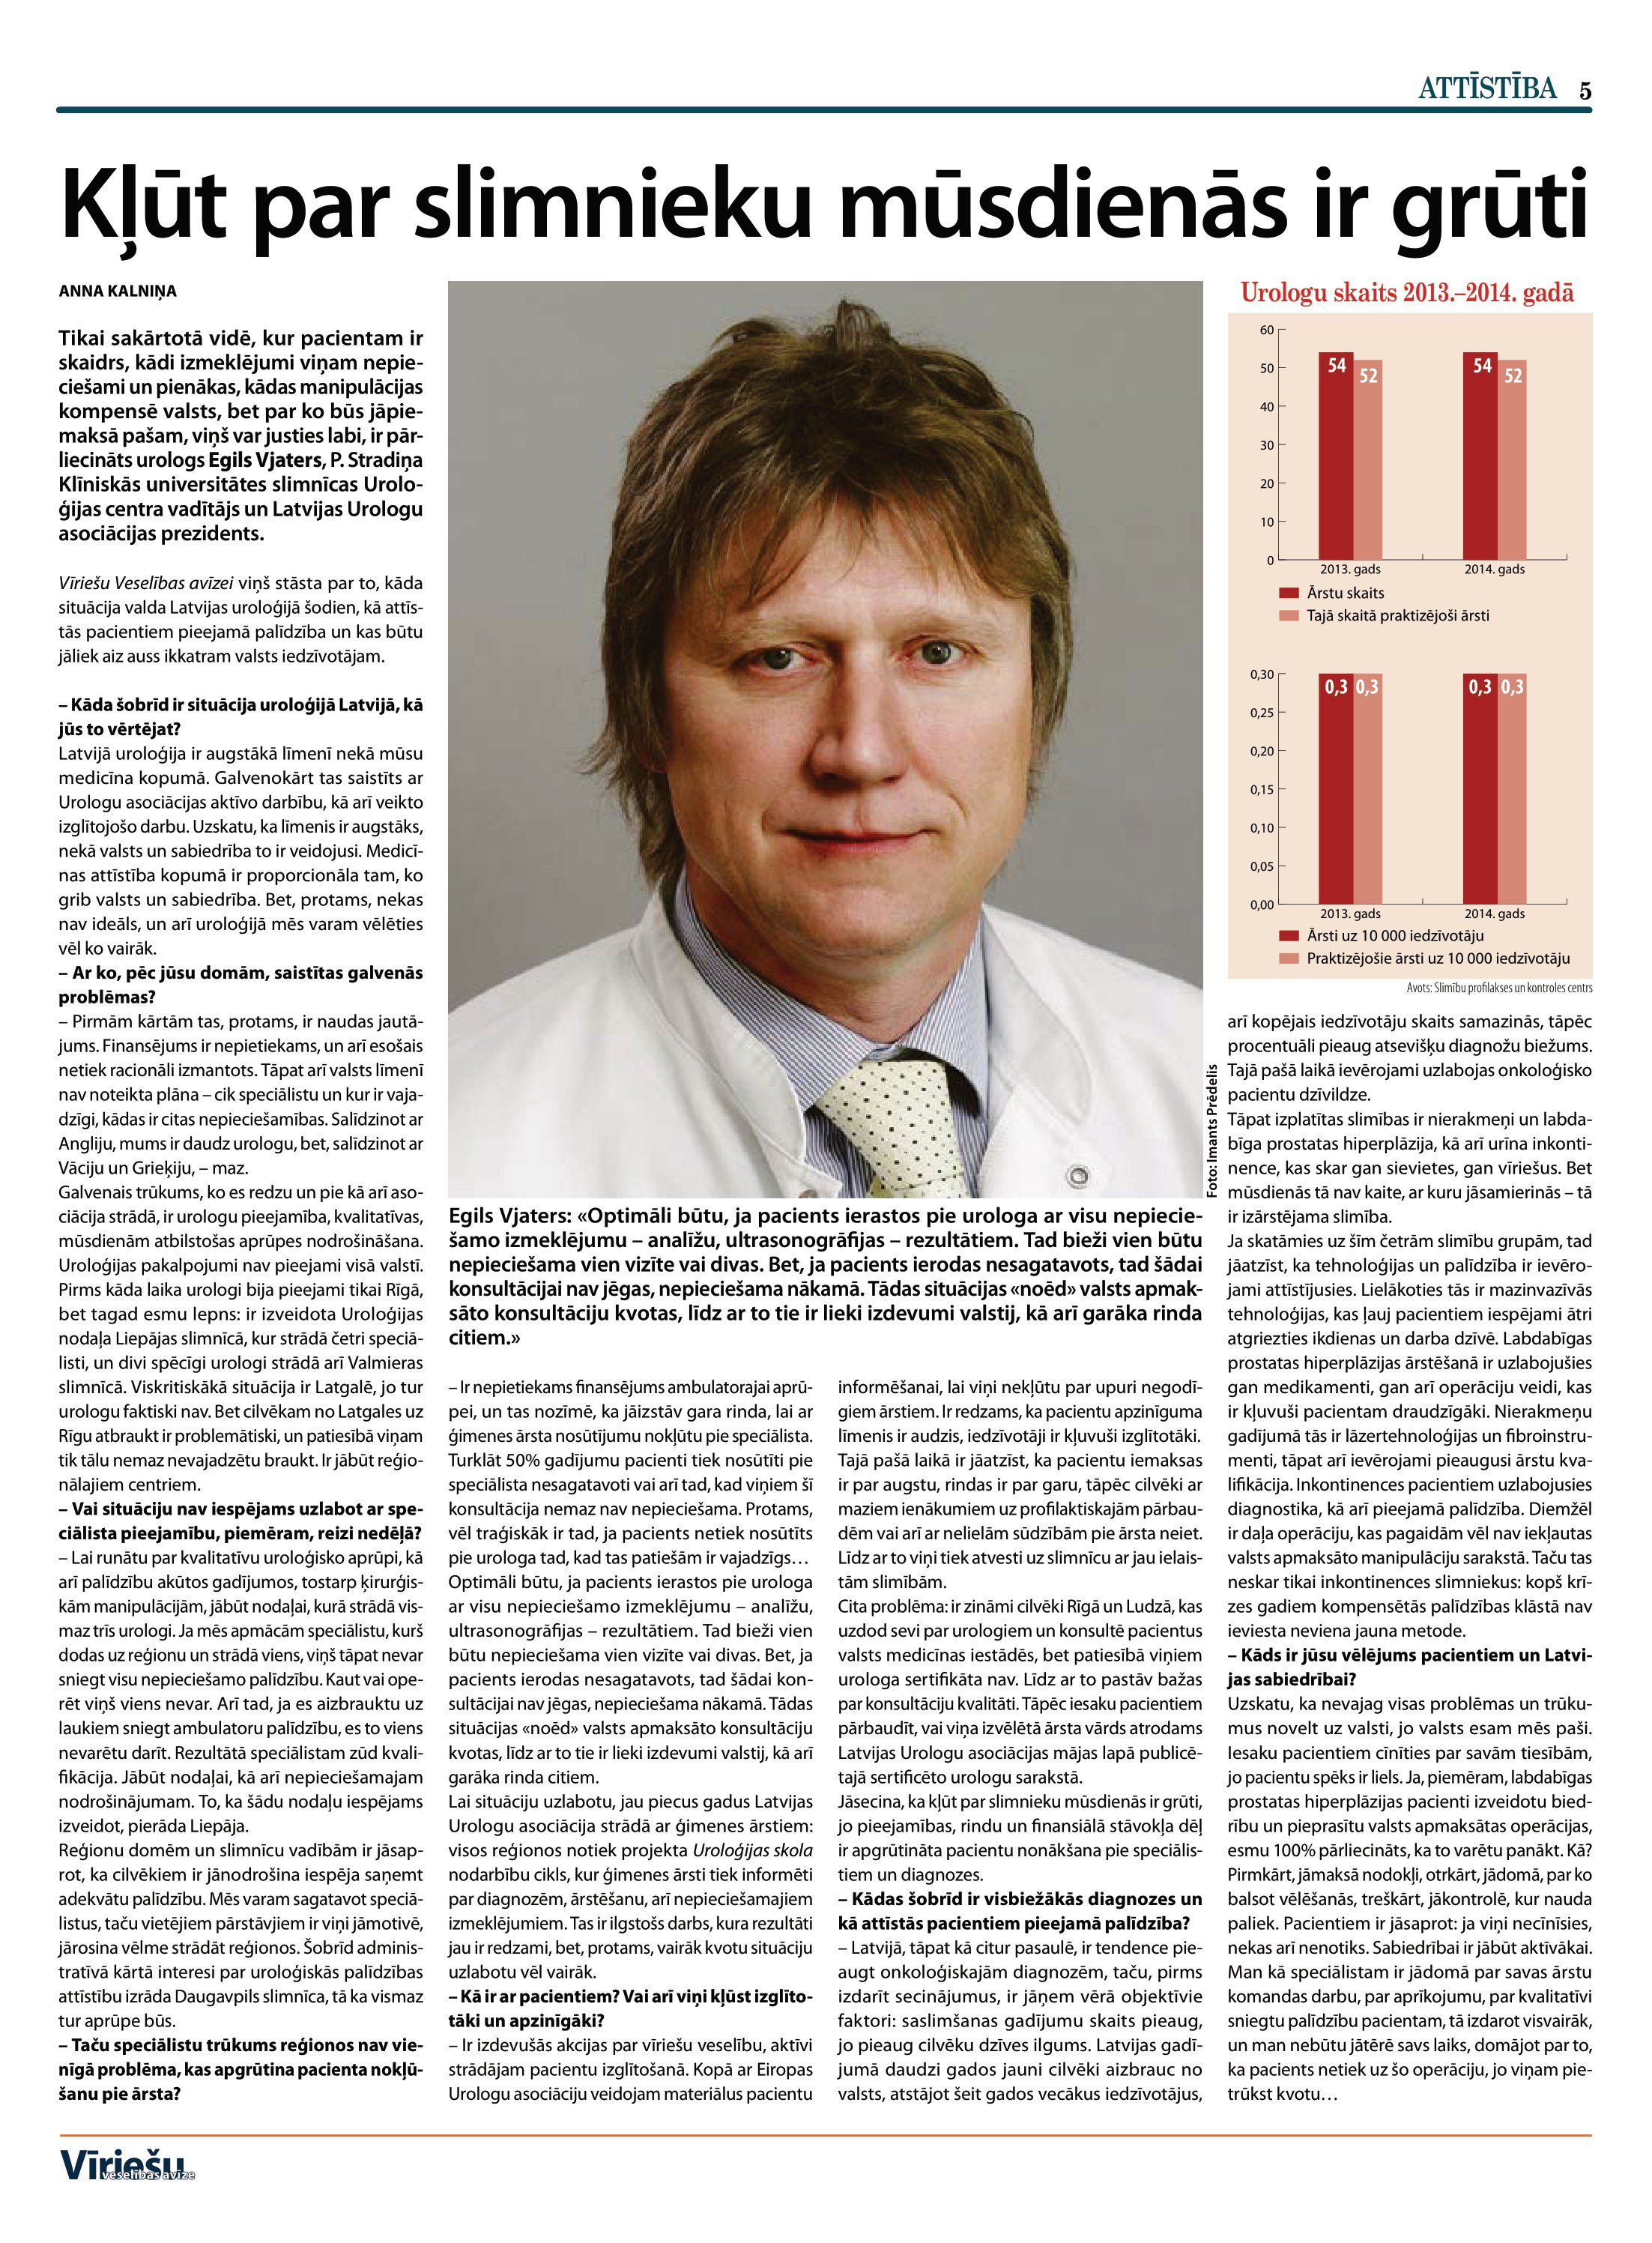
Language: lv